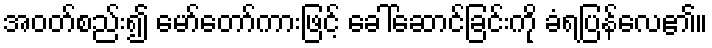
အဝတ်စည်း၍ မော်တော်ကားဖြင့် ခေါ်ဆောင်ခြင်းကို ခံရပြန်လေ၏။